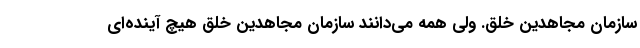
سازمان مجاهدین خلق. ولی همه می‌دانند سازمان مجاهدین خلق هیچ آینده‌ای